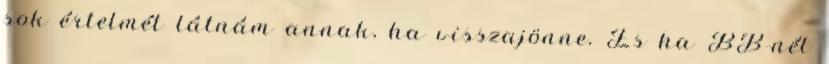
sok értelmét látnám annak, ha visszajönne. És ha BB-nél